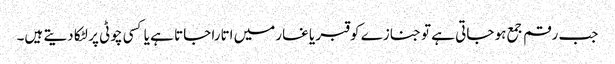
جب رقم جمع ہو جاتی ہے تو جنازے کو قبر یا غارمیں اتارا جاتا ہے یا کسی چوٹی پر لٹکا دیتے ہیں۔